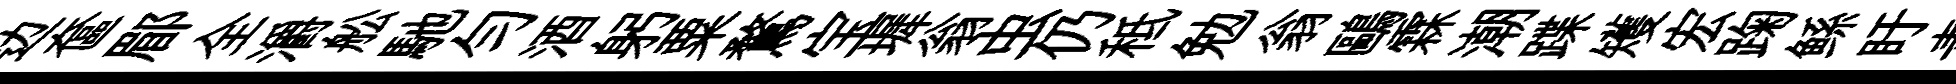
边奩郿全灂舩馳匀酒躬粟鶩宝墀翁虫仍秪勉翁鷗霖潮蹀矱宏踘鲧盱青